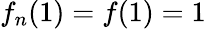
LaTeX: f_{n}(1)=f(1)=1